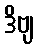
ဒိဗျ